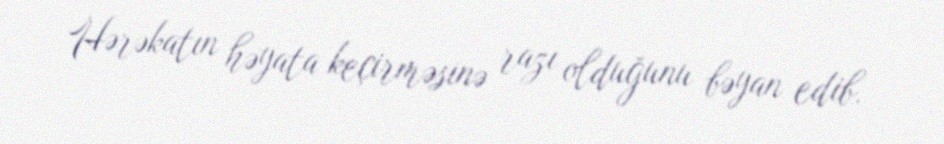
Hərəkatın həyata keçirməsinə razı olduğunu bəyan edib.